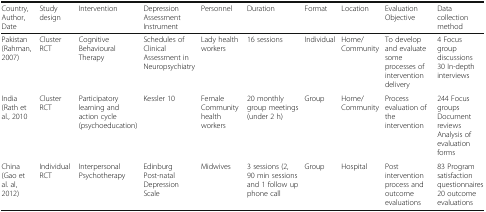
| Country, Author, Date | Study design | Intervention | Depression Assessment Instrument | Personnel | Duration | Format | Location | Evaluation Objective | Data collection method |
 | --- | --- | --- | --- | --- | --- | --- | --- | --- | --- |
 | Pakistan (Rahman, 2007) | Cluster RCT | Cognitive Behavioural Therapy | Schedules of Clinical Assessment in Neuropsychiatry | Lady health workers | 16 sessions | Individual | Home/ Community | To develop and evaluate some processes of intervention delivery | 4 Focus group discussions30 In-depth interviews |
 | India (Rath et al., 2010 | Cluster RCT | Participatory learning and action cycle (psychoeducation) | Kessler 10 | FemaleCommunity health workers | 20 monthly group meetings (under 2 h) | Group | Home/ Community | Process evaluation of the intervention | 244 Focus groupsDocument reviewsAnalysis of evaluation forms |
 | China (Gao et al. al, 2012) | Individual RCT | Interpersonal Psychotherapy | Edinburg Post-natal Depression Scale | Midwives | 3 sessions (2, 90 min sessions and 1 follow up phone call | Group | Hospital | Post intervention process and outcome evaluations | 83 Program satisfaction questionnaires20 outcome evaluations |